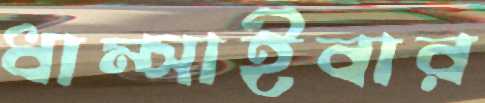
ধাম্‌সাইবার